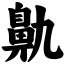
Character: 鼽